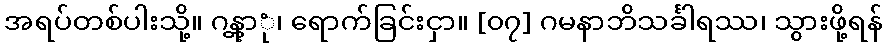
အရပ်တစ်ပါးသို့။ ဂန္တွာုံ၊ ရောက်ခြင်းငှာ။ [၀၇] ဂမနာဘိသင်္ခါရဿ၊ သွားဖို့ရန်